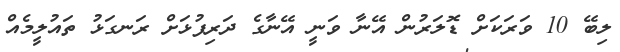
ލިބޭ 10 ވަރަކަށް ޑޮލަރުން އޭނާ ވަނީ އޭނާގެ ދަރިފުޅަށް ރަނގަޅު ތައުލީމެއް